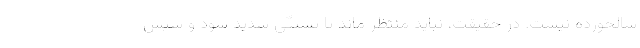
سالخورده نیست. در حقیقت، نباید منتظر ماند تا تشنگی شدید شود و سپس